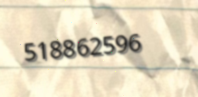
518862596